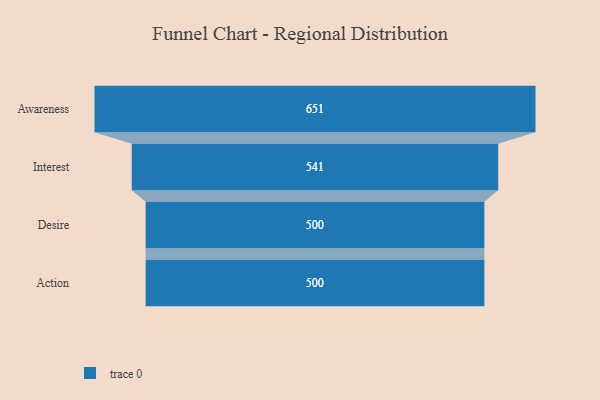
{"axis": {"x": "Stage", "y": "Value"}, "legend": [""], "data": [{"x": "Awareness", "y": 651.0, "type": ""}, {"x": "Interest", "y": 541.0, "type": ""}, {"x": "Desire", "y": 500, "type": ""}, {"x": "Action", "y": 500, "type": ""}]}